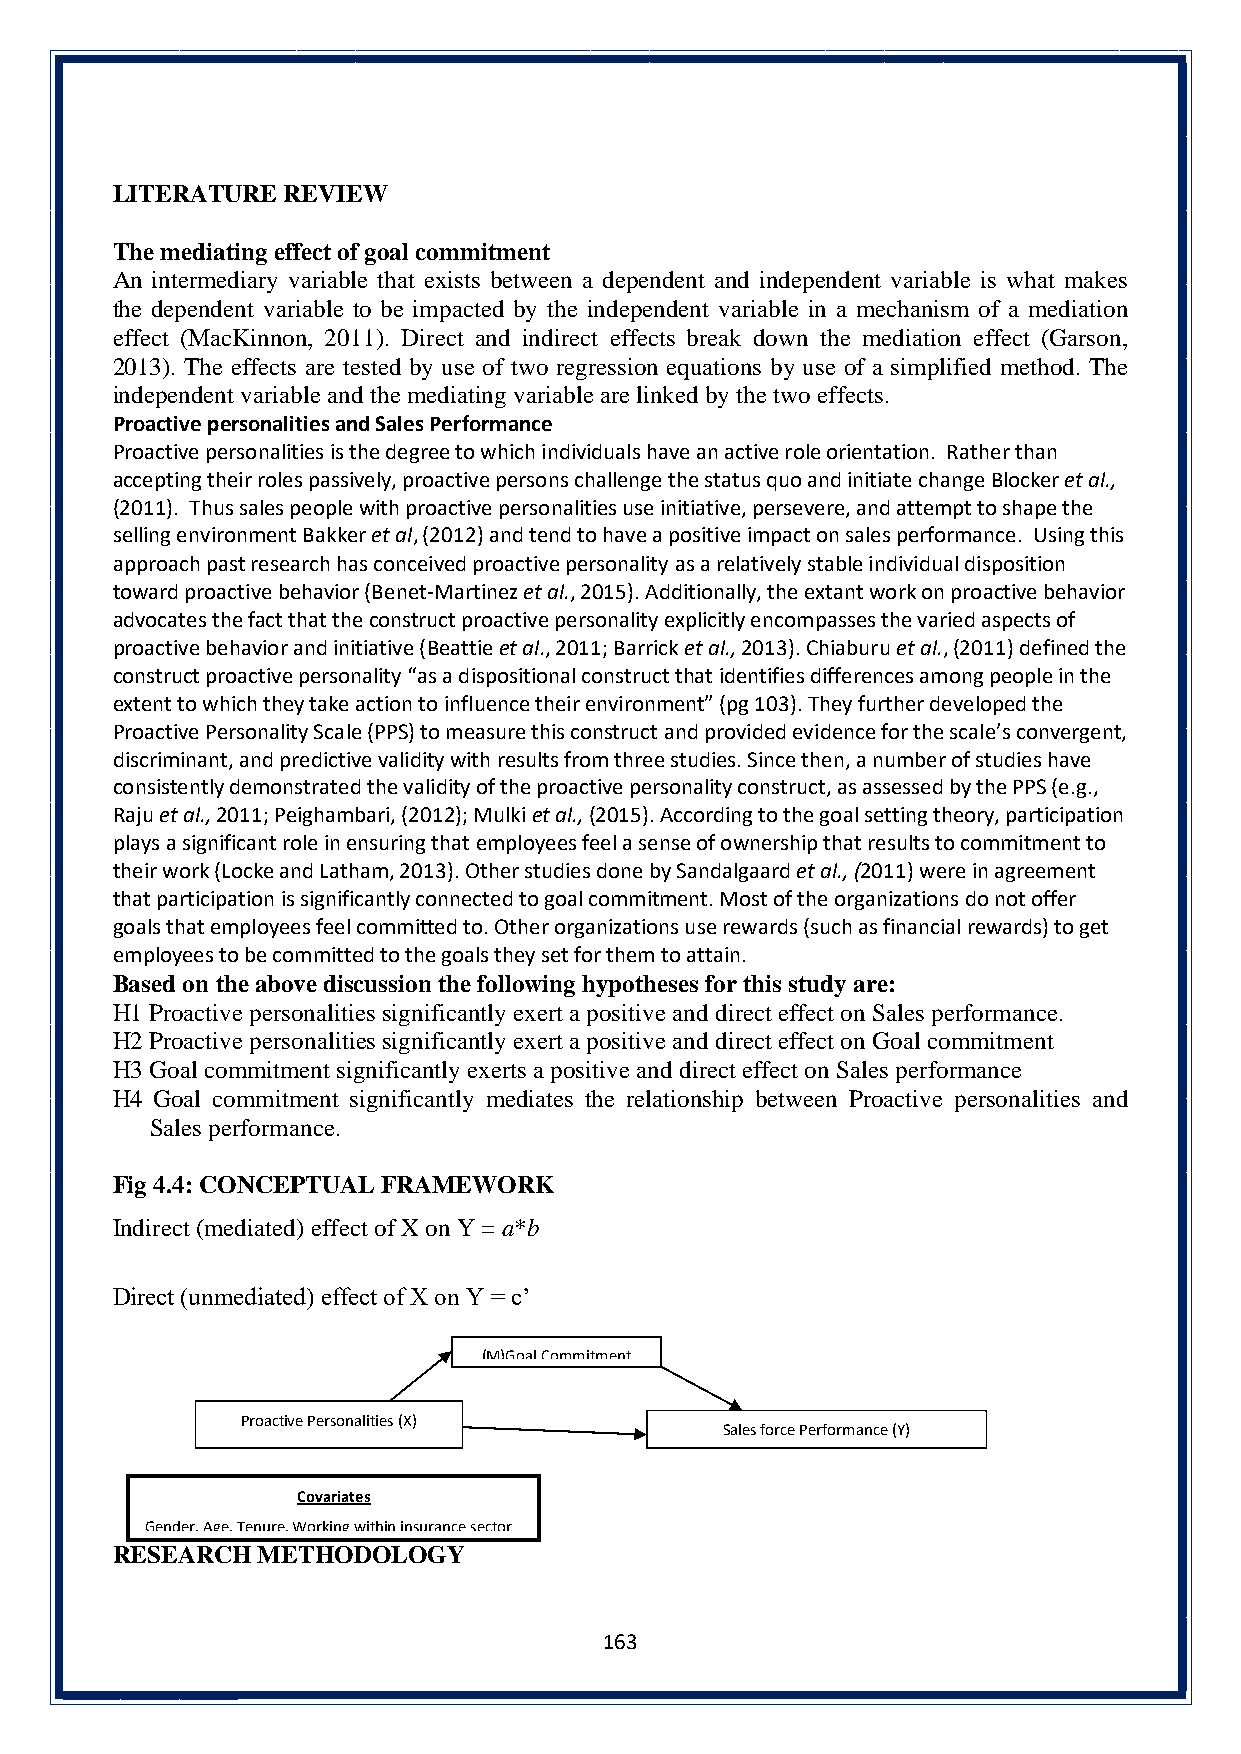
LITERATURE  REVIEW
 The mediating effect of goal commitment
 An intermediary variable that exists between a dependent and independent variable is what makes
 the dependent variable to be impacted by the independent variable in a mechanism of a mediation
 effect (MacKinnon, 2011). Direct and indirect effects break down the mediation effect (Garson,
 2013). The effects are tested by use of two regression equations by use of a simplified method. The
 independent variable and the mediating variable are linked by the two effects.
 Proactive personalities and Sales Performance
 Proactive personalities is the degree to which individuals have an active role orientation. Rather than
 accepting their roles passively, proactive persons challenge the status quo and initiate change Blocker et al.,
 (2011). Thus sales people with proactive personalities use initiative, persevere, and attempt to shape the
 selling environment Bakker et al, (2012) and tend to have a positive impact on sales performance. Using this
 approach past research has conceived proactive personality as a relatively stable individual disposition
 toward proactive behavior (Benet-Martinez et al., 2015). Additionally, the extant work on proactive behavior
 advocates the fact that the construct proactive personality explicitly encompasses the varied aspects of
 proactive behavior and initiative (Beattie et al., 2011; Barrick et al., 2013). Chiaburu et al., (2011) defined the
 construct proactive personality “as a dispositional construct that identifies differences among people in the
 extent to which they take action to influence their environment” (pg 103). They further developed the
 Proactive Personality Scale (PPS) to measure this construct and provided evidence for the scale’s convergent,
 discriminant, and predictive validity with results from three studies. Since then, a number of studies have
 consistently demonstrated the validity of the proactive personality construct, as assessed by the PPS (e.g.,
 Raju et al., 2011; Peighambari, (2012); Mulki et al., (2015). According to the goal setting theory, participation
 plays a significant role in ensuring that employees feel a sense of ownership that results to commitment to
 their work (Locke and Latham, 2013). Other studies done by Sandalgaard et al., (2011) were in agreement
 that participation is significantly connected to goal commitment. Most of the organizations do not offer
 goals that employees feel committed to. Other organizations use rewards (such as financial rewards) to get
 employees to be committed to the goals they set for them to attain.
 Based on the above discussion the following hypotheses for this study are:
 H1 Proactive personalities significantly exert a positive and direct effect on Sales performance.
 H2 Proactive personalities significantly exert a positive and direct effect on Goal commitment
 H3 Goal commitment significantly exerts a positive and direct effect on Sales performance
 H4 Goal commitment significantly mediates the relationship between Proactive personalities and
 Sales performance.
 Fig 4.4: CONCEPTUAL FRAMEWORK
 Indirect (mediated) effect of X on Y = a*b
 Direct (unmediated) effect of X on Y = c’
 (M)Goal Commitment
 Proactive Personalities (X)
 Sales force Performance (Y)
 Covariates
 Gender, Age, Tenure, Working within insurance sector
 REaSnEd eAduRcaCtioHn le MvelsE THODOLOGY
 163